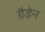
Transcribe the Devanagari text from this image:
ग्रैडेन